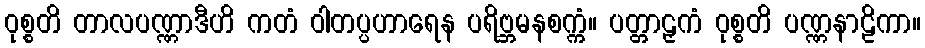
ဝုစ္စတိ တာလပဏ္ဏာဒီဟိ ကတံ ဝါတပ္ပဟာရေန ပရိဗ္ဘမနစက္ကံ။ ပတ္တာဠှကံ ဝုစ္စတိ ပဏ္ဏနာဠိကာ။